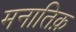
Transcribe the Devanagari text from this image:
मनातिक़